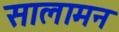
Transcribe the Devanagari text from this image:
सालामन